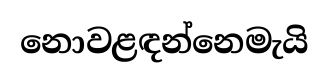
නොවළඳන්නෙමැයි